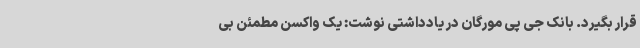
قرار بگیرد. بانک جی پی مورگان در یادداشتی نوشت: یک واکسن مطمئن بی